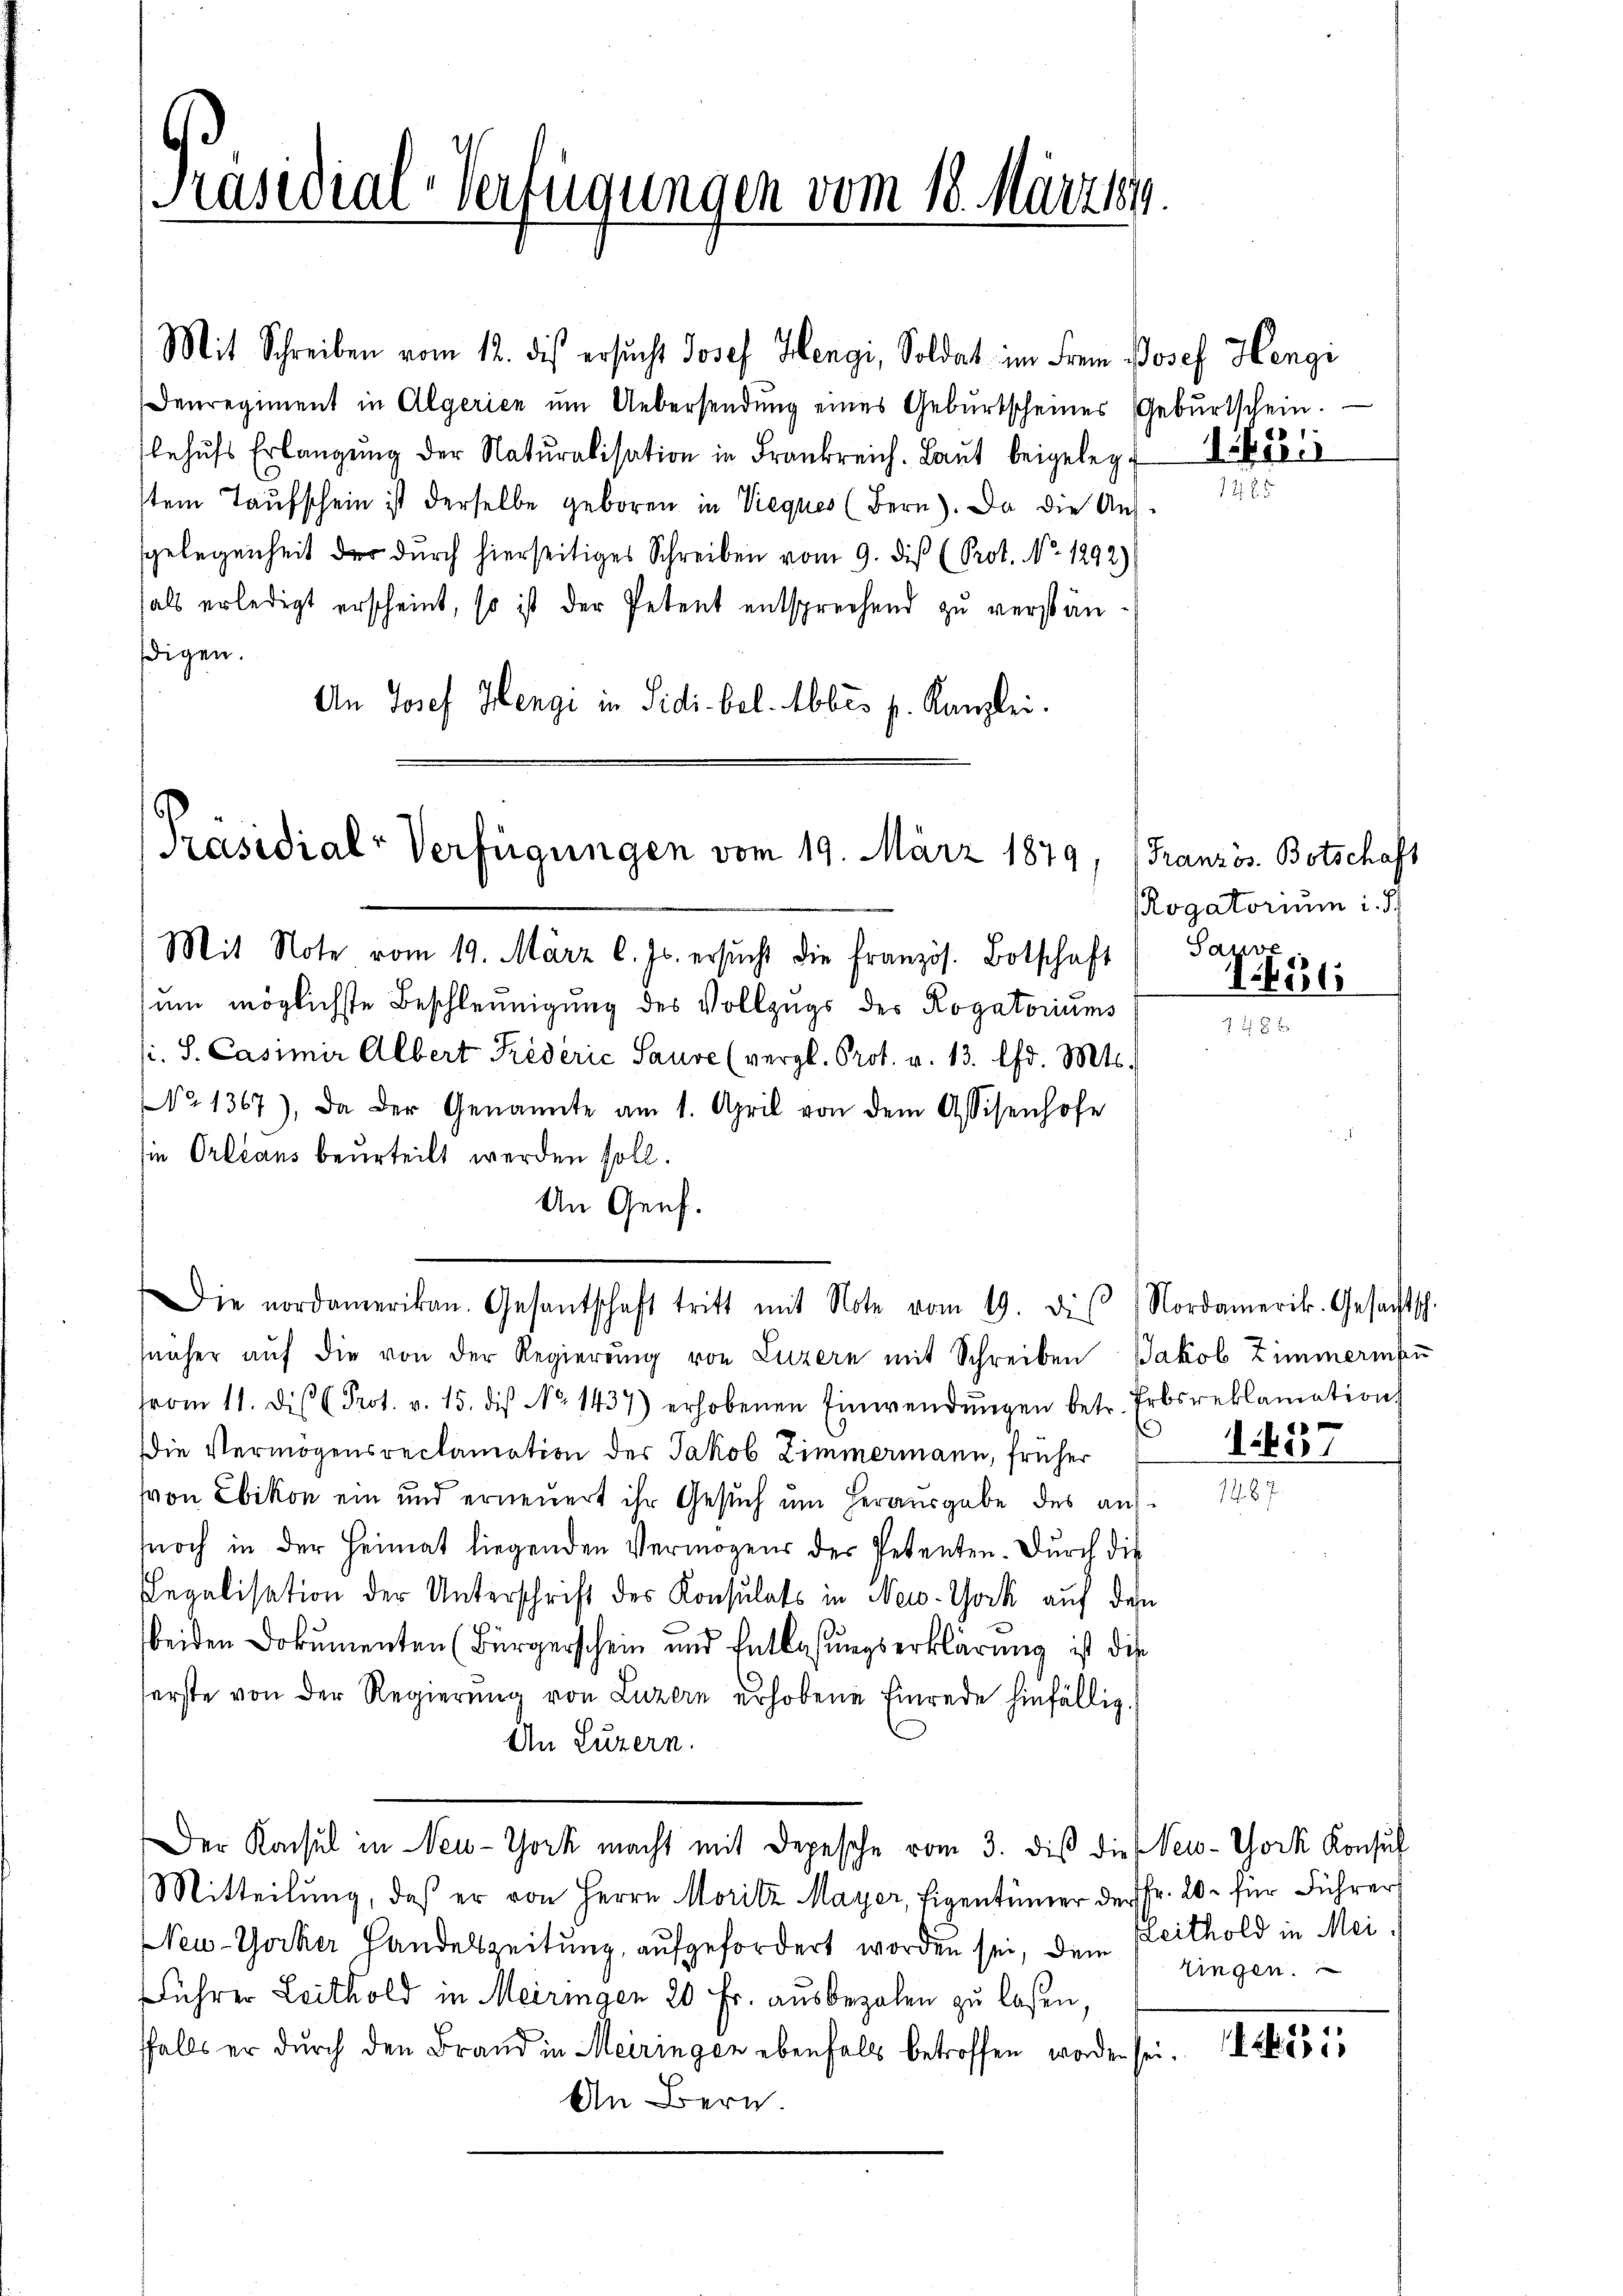
Präsidial-Verfügungen vom 18. Märzer

Mit Schreiben vom 12. dis ersucht Josef Hengi, Soldat im Frem Josef Hengi
Denregiment in Algerien um Uebersendung eines Geburtscheines Geburtschein.
behŭfs Erlangŭng der Natŭralisation in Frankreich. Laŭt beigelegt
tem Taufschein ist derselbe geboren in Vieques (Bern). Da die Aus-
sgelegenheit der durch hierseitiges Schreiben vom 9. dis (Prot. No. 1292)
hals erledigt erscheint, so ist der Petent entsprechend zu verständigen.
An Josef Hengi in Sidi. bel. Abbes p. Kanzlei.

Präsidial-Verfügungen vom 19. März 1879,

Mit Note vom 19. März l. Js. ersŭcht die Französ. Botschaft
zum möglichste Beschleunigung des Vollzugs des Rogatoriums
si. S. Casimir Albert Kédérić Sause (vergl. Prot. v. 13. Chr. Mts.
No 1367), da der Genannte am 1. April von dem Assisenhofe
sie Orleans beurteilt werden soll.
An Genf.
nnäher aŭf die von der Regierŭng von Luzern mit Schreiben Jakob Zimmeriku
vom 11. die Prot. v. 15. diβ No 1437) erhobenen Einwendŭngen betr. Erbsreklamation
Die Vermögensreclamation der Jakob Zimmermann, früher
von Ebikon ein und erneuert ihr Gesuch um Herausgabe des aufnoch in der Heimat liegenden Vermögens der Petenten. Durch die
Legalisation der Unterschrift des Konsulats in New-York auf das
beiden Dokumenten (Bürgerschein und Entlaßungserklärung ist die
serste von der Regierung von Luzern erhobene Einrede hinfällig.
An Luzern.
Der Konsul in New-York macht mit Depesche vom 3. dis die New-York Konsul
Mitteilung, daß er von Herrn Moritz Mayer, Eigentümer der Fr. 20. für Führer
New-Yorker Handeszeitung aufgefordert worden sei, dem Reithold in Mei
Führer Leithold in Meiringen 20 Fr. ausbezalen zu lassen,
ffalls er durch den Brand in Meiringen ebenfalls betroffen worden sei
An Bern.

ie nordamerikan. Gesantschaft tritt mit Note vom 19. diβ ( Nordamerik. Gesachtsch

1221

Französ. Botschaft
Rogatorium i
Sauve

1836

. 837
1287.

zingen.

G